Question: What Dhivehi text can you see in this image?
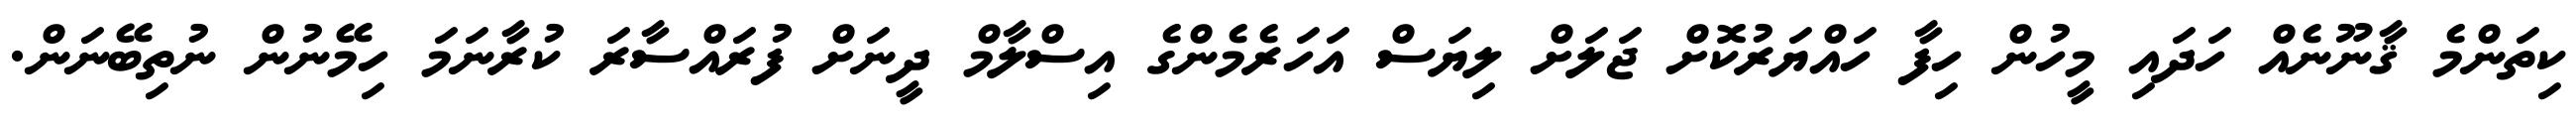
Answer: ކިތަންމެ ޤާނޫނެއް ހަދައި މީހުން ހިފާ ހައްޔަރުކޮށް ޖަލަށް ލިޔަސް އަހަރެމެންގެ އިސްލާމް ދީނަށް ފުރައްސާރަ ކުރާނަމަ ހިމޭނުން ނުތިބޭނަން.